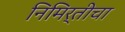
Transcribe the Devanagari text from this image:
निमिर्तीचा